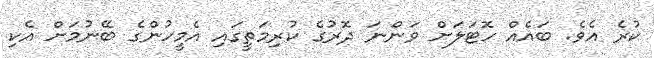
ކުރެ އެވެ. ބައެއް ހޮޓަލަށް ވަންނަ ދޮރުގެ ކުރިމަތީގައި އެމީހުންގެ ބޭނުމަށް އެކި